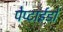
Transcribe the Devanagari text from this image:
पेप्टाईडों